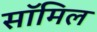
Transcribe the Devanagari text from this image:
सॉमिल